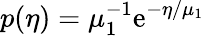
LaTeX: p(\eta)=\mu_{1}^{-1}\mathrm{e}^{-\eta/\mu_{1}}